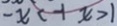
- x < - 1 x > 1